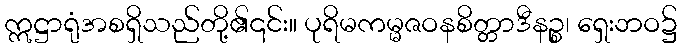
ဣဋ္ဌာရုံအစရှိသည်တို့၏၎င်း။ ပုရိမကမ္မဇဝနစိတ္တာဒီနဉ္စ၊ ရှေးဘဝ၌